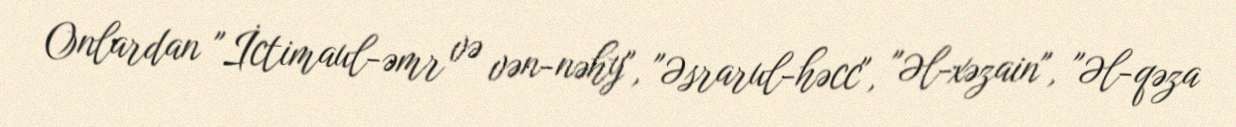
Onlardan "İctimaul-əmr və vən-nəhy", "Əsrarul-həcc", "Əl-xəzain", "Əl-qəza